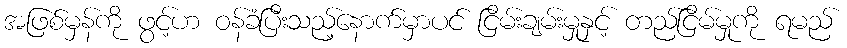
အဖြစ်မှန်ကို ဖွင့်ဟ ဝန်ခံပြီးသည့်နောက်မှာပင် ငြိမ်းချမ်းမှုနှင့် တည်ငြိမ်မှုကို ရမည်